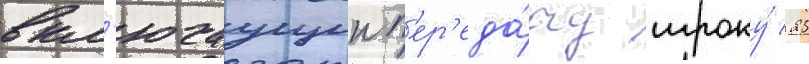
вкл'ючаущии п'ер'еда́чу игроку́ 25